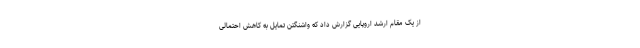
از یک مقام ارشد اروپایی گزارش داد که واشنگتن تمایل به کاهش احتمالی